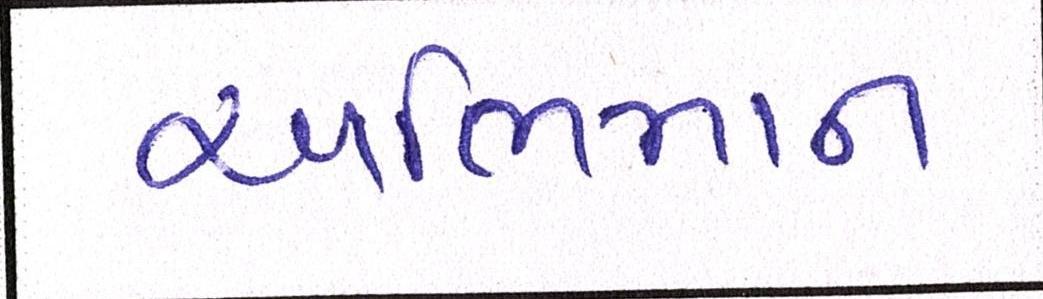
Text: અભિમાન